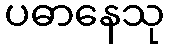
ပဓာနေသု